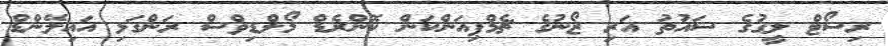
ރިސޯޓް ލީގުގެ ސައުތު އަރި ޒޯނުގެ ޗެމްޕިއަންކަން ކޮންރެޑް މޯލްޑިވްސް ރަންގަލި އައިލޭންޑް